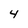
Character: 4